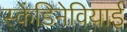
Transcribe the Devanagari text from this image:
स्केंडिनेवियाई